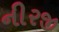
નીરજી